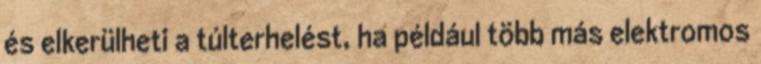
és elkerülheti a túlterhelést, ha például több más elektromos